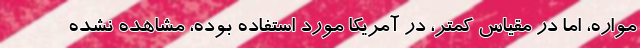
مواره، اما در مقیاس کمتر، در آمریکا مورد استفاده بوده، مشاهده نشده